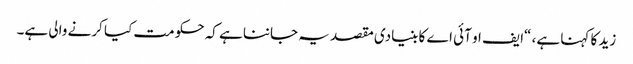
زید کا کہنا ہے، “ایف او آئی اے کا بنیادی مقصد یہ جاننا ہے کہ حکومت کیا کرنے والی ہے۔